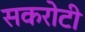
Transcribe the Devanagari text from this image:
सकरोटी